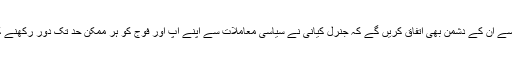
لیکن ایک بات سے ان کے دشمن بھی اتفاق کریں گے کہ جنرل کیانی نے سیاسی معاملات سے اپنے آپ اور فوج کو ہر ممکن حد تک دور رکھنے کی کوشش کی ۔